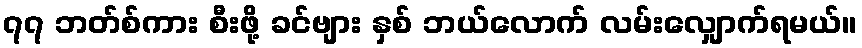
၇၇ ဘတ်စ်ကား စီးဖို့ ခင်ဗျား နှစ် ဘယ်လောက် လမ်းလျှောက်ရမယ်။